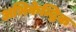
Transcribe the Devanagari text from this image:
अभिकेन्द्रिक